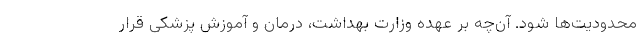
محدودیت‌ها شود. آن‌چه بر عهده وزارت بهداشت، درمان و آموزش پزشکی قرار